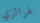
غرائزي